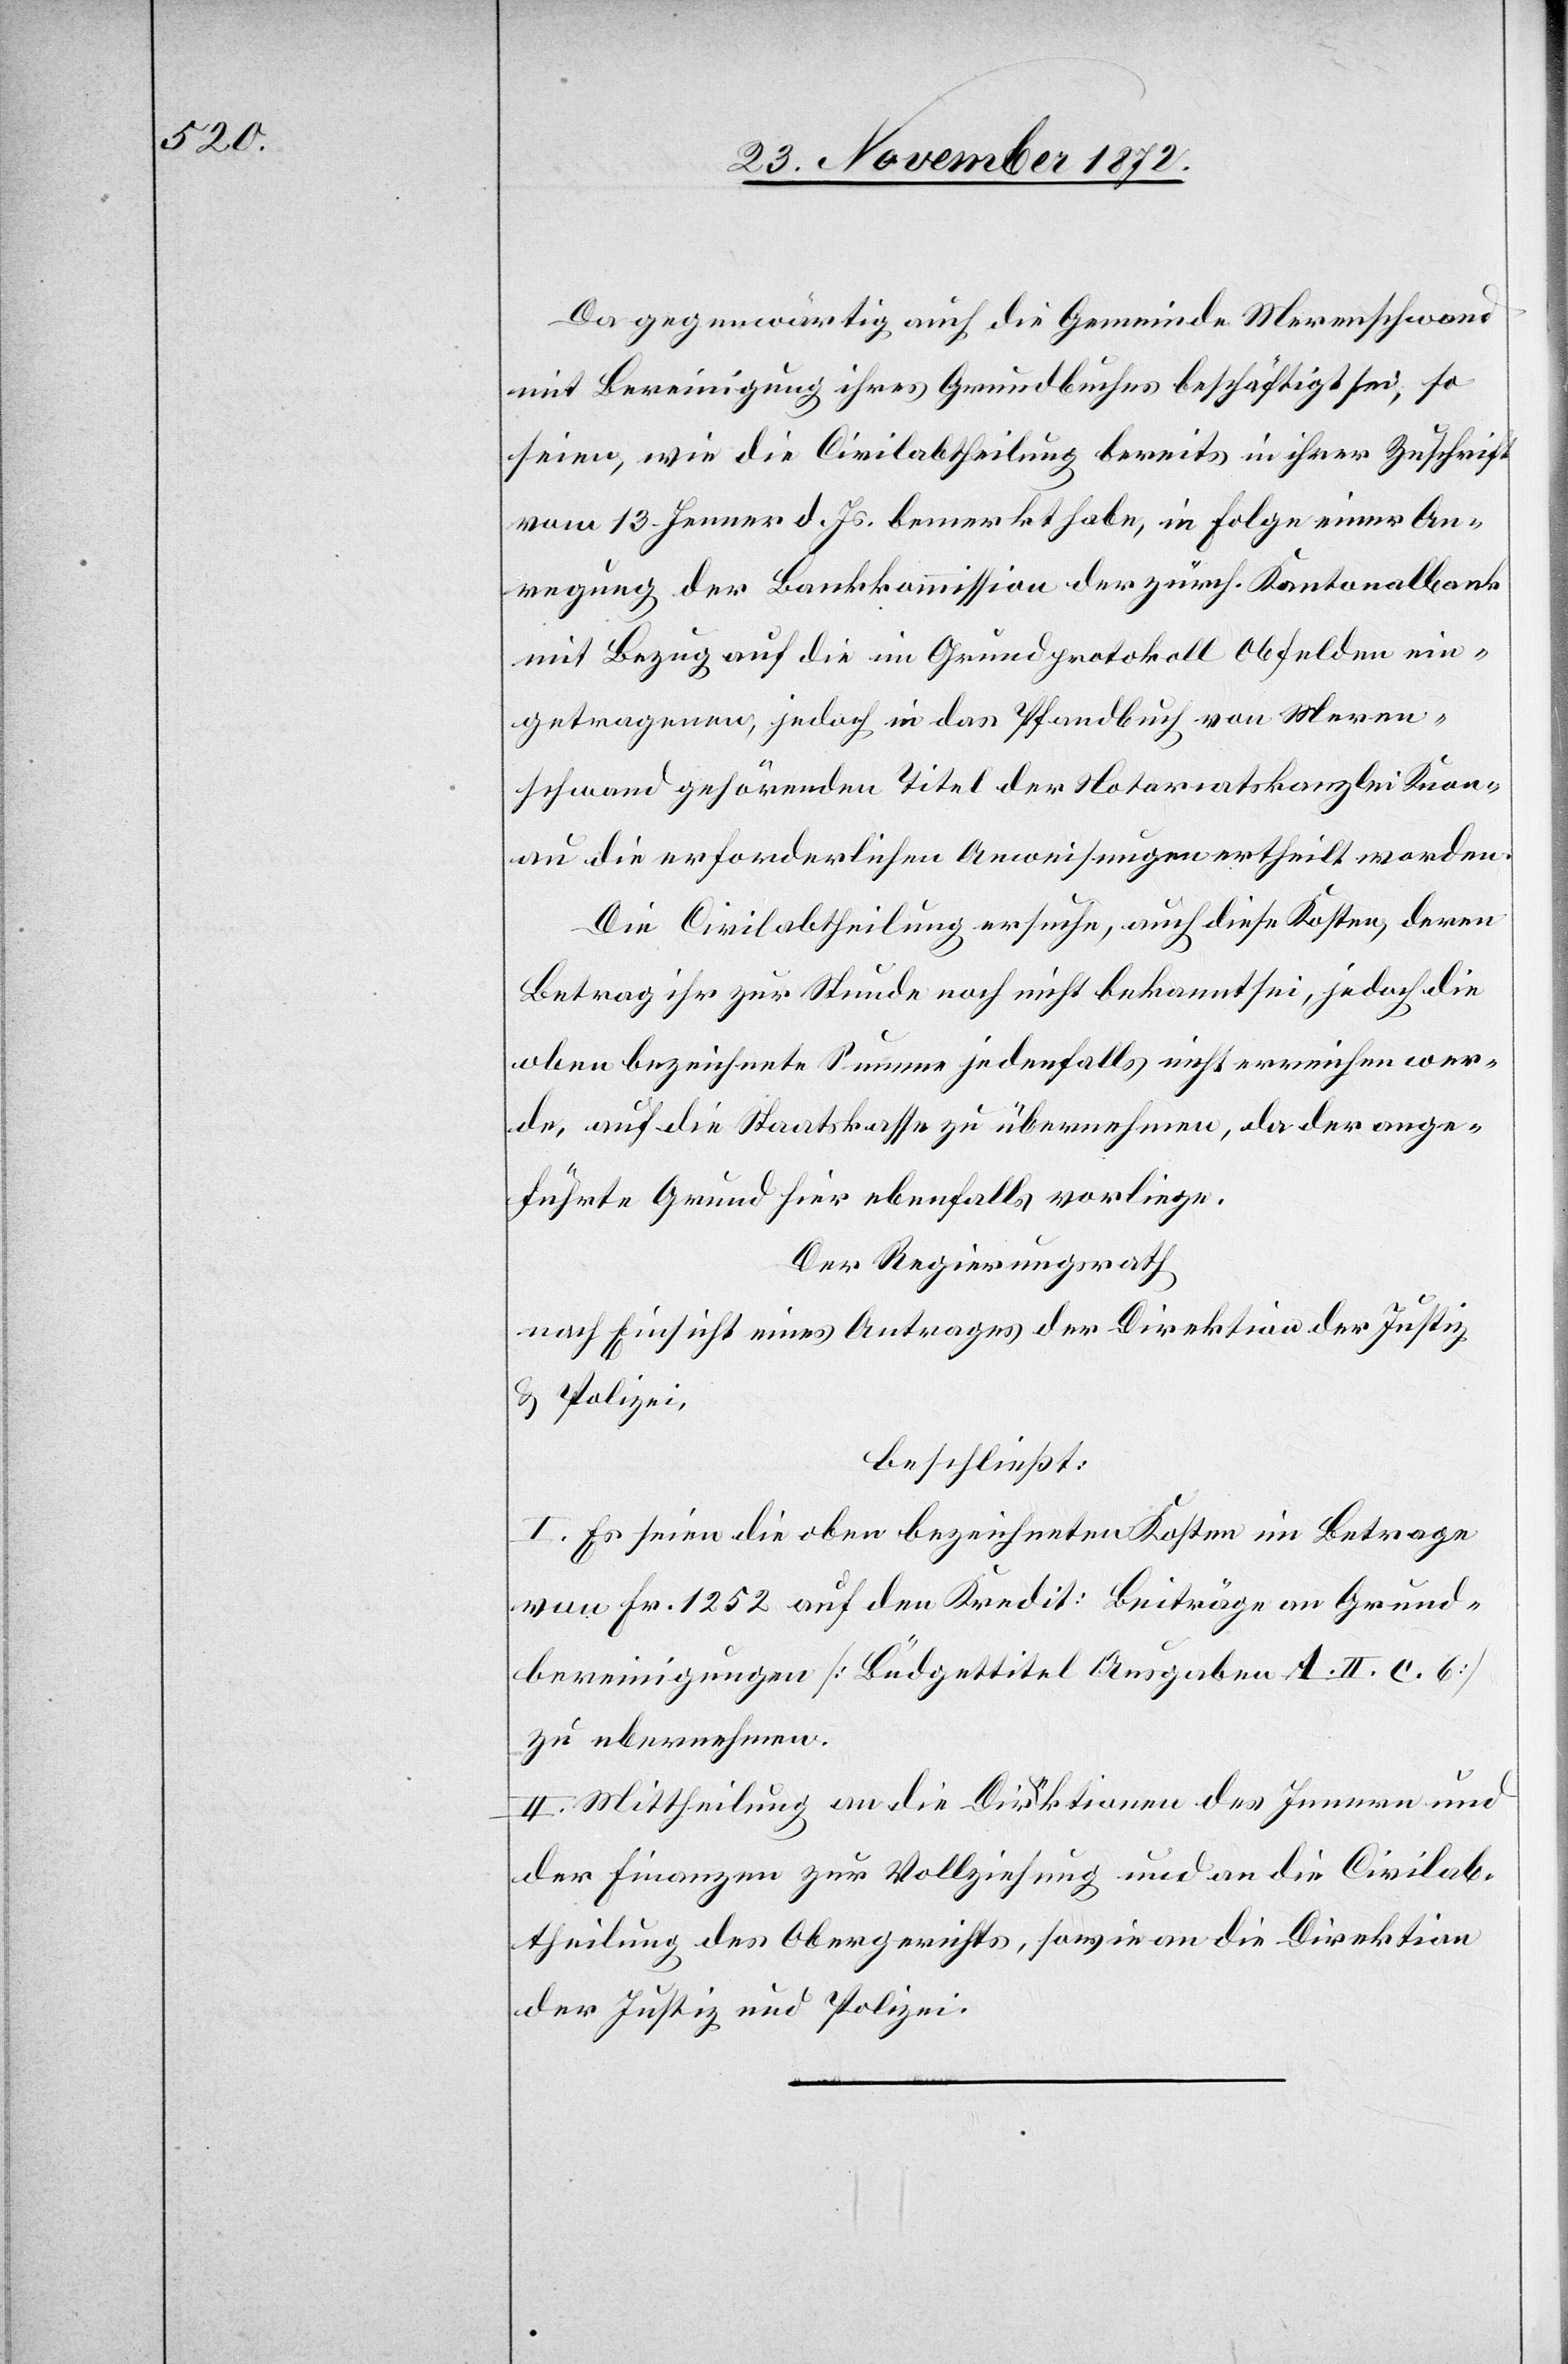
Da gegenwärtig auch die Gemeinde Merenschwand
mit Bereinigung ihres Grundbuches beschäftigt sei, so
seien, wie die Civilabtheilung bereits in ihrer Zuschrift
vom 13. Jenner d. Js. bemerkt habe, in Folge einer An¬
regung der Bankkommission der zürch. Kantonalbank
mit Bezug auf die im Grundprotokoll Obfelden ein¬
getragenen, jedoch in das Pfandbuch von Meren¬
schwand gehörenden Titel der Notariatskanzlei Knon¬
au die erforderlichen Anweisungen ertheilt worden.
Die Civilabtheilung ersuche, auch diese Kosten, deren
Betrag ihr zur Stunde noch nicht bekannt sei, jedoch die
oben bezeichnete Summe jedenfalls nicht erreichen wer¬
de, auf die Staatskasse zu übernehmen, da der ange¬
führte Grund hier ebenfalls vorliege.
Der Regierungsrath
nach Einsicht eines Antrages der Direktion der Justiz
u. Polizei,
beschließt:
I. Es seien die oben bezeichneten Kosten im Betrage
von Fr. 1 252 auf den Kredit: Beiträge an Grund¬
bereinigungen [Büdgettitel Ausgaben A. II. c. 6]
zu übernehmen.
II. Mittheilung an die Direktionen des Innern und
der Finanzen zur Vollziehung und an die Civilab¬
theilung des Obergerichts, sowie an die Direktion
der Justiz und Polizei.